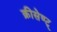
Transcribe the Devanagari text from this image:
क्रीसेण्ट्